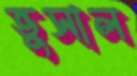
ভুসাল